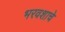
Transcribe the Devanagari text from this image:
भरवशाचे